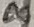
Text: 8